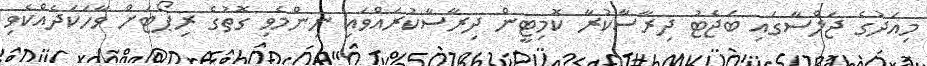
މިއަދުގެ ޖަލްސާގައި ބަޖެޓު ދިރާސާކުރާ ކޮމިޓީން ދިރާސާކުރައްވައި ނިންމެވި ގޮތުގެ ރިޕޯޓަށް ވާހަކަދެއްކެވި